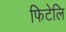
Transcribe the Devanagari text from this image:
फिटेलि